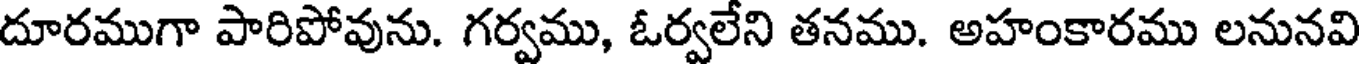
దూరముగా పారిపోవును. గర్వము, ఓర్వలేని తనము. అహంకారము లనునవి